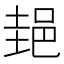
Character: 郌